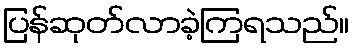
ပြန်ဆုတ်လာခဲ့ကြရသည်။